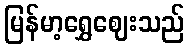
မြန်မာ့ရွှေဈေးသည်